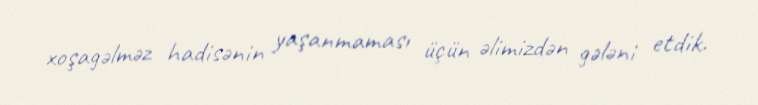
xoşagəlməz hadisənin yaşanmaması üçün əlimizdən gələni etdik.